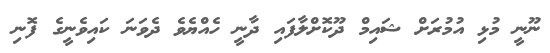
ނޫނީ މުޅި އުމުރަށް ޝައިމް ދޫކޮށްލާފައި ދާނީ ހެއްޔެވެ ދެވަނަ ކައިވެނީގެ ފޮނި